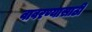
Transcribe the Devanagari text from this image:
वावरण्यासाठी